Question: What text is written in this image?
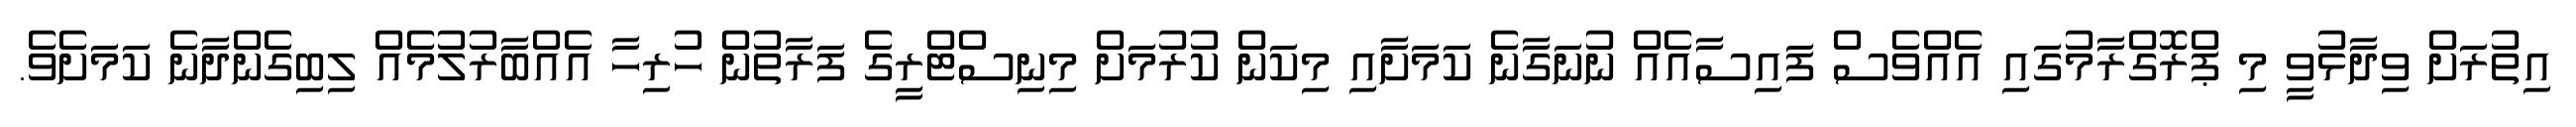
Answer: އިތުރަށް ވިދާޅުވީ މި ޕްރޮގްރާމުގައި އެއްވެސް ފައިސާއެއް ނުނަގާނެ ކަމަށާއި މިކަން ކުރުމަށް މިނިސްޓްރީގެ ފަރާތުން ހުރިހާ އެއްބާރުލުމެއް ލިބިގެންދާނެ ކަމަށެވެ.